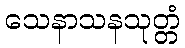
သေနာသနသုတ္တံ